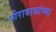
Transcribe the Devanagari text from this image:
पोराबाळांच्या